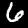
Label: 6